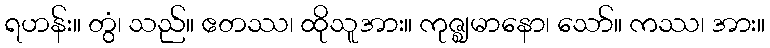
ရဟန်း။ တွံ၊ သည်။ ဧတဿ၊ ထိုသူအား။ ကုဇ္ဈမာနော၊ သော်။ ကဿ၊ အား။